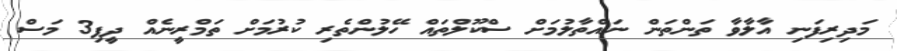
މަދިރިފަނި އާލާވާ ތަންތަން ނައްތާލުމަށް ސްކޫލްތައް ހޭލުންތެރި ކުރުމަށް ތަމްރީނެއް ދީފި3 މަސް